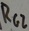
Text: RG2